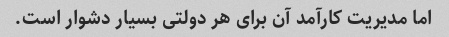
اما مدیریت کارآمد آن برای هر دولتی بسیار دشوار است.